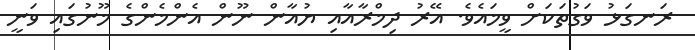
ރަނގަޅު ވަގުތަކަށް ވީމައެވެ. އޭރު ދިމްރާއާއި ޔުއާން ނޫން އެންމެންގެ މޫނުގައި ވަނީ